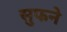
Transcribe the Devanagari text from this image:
सुफने